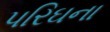
પરિઘના